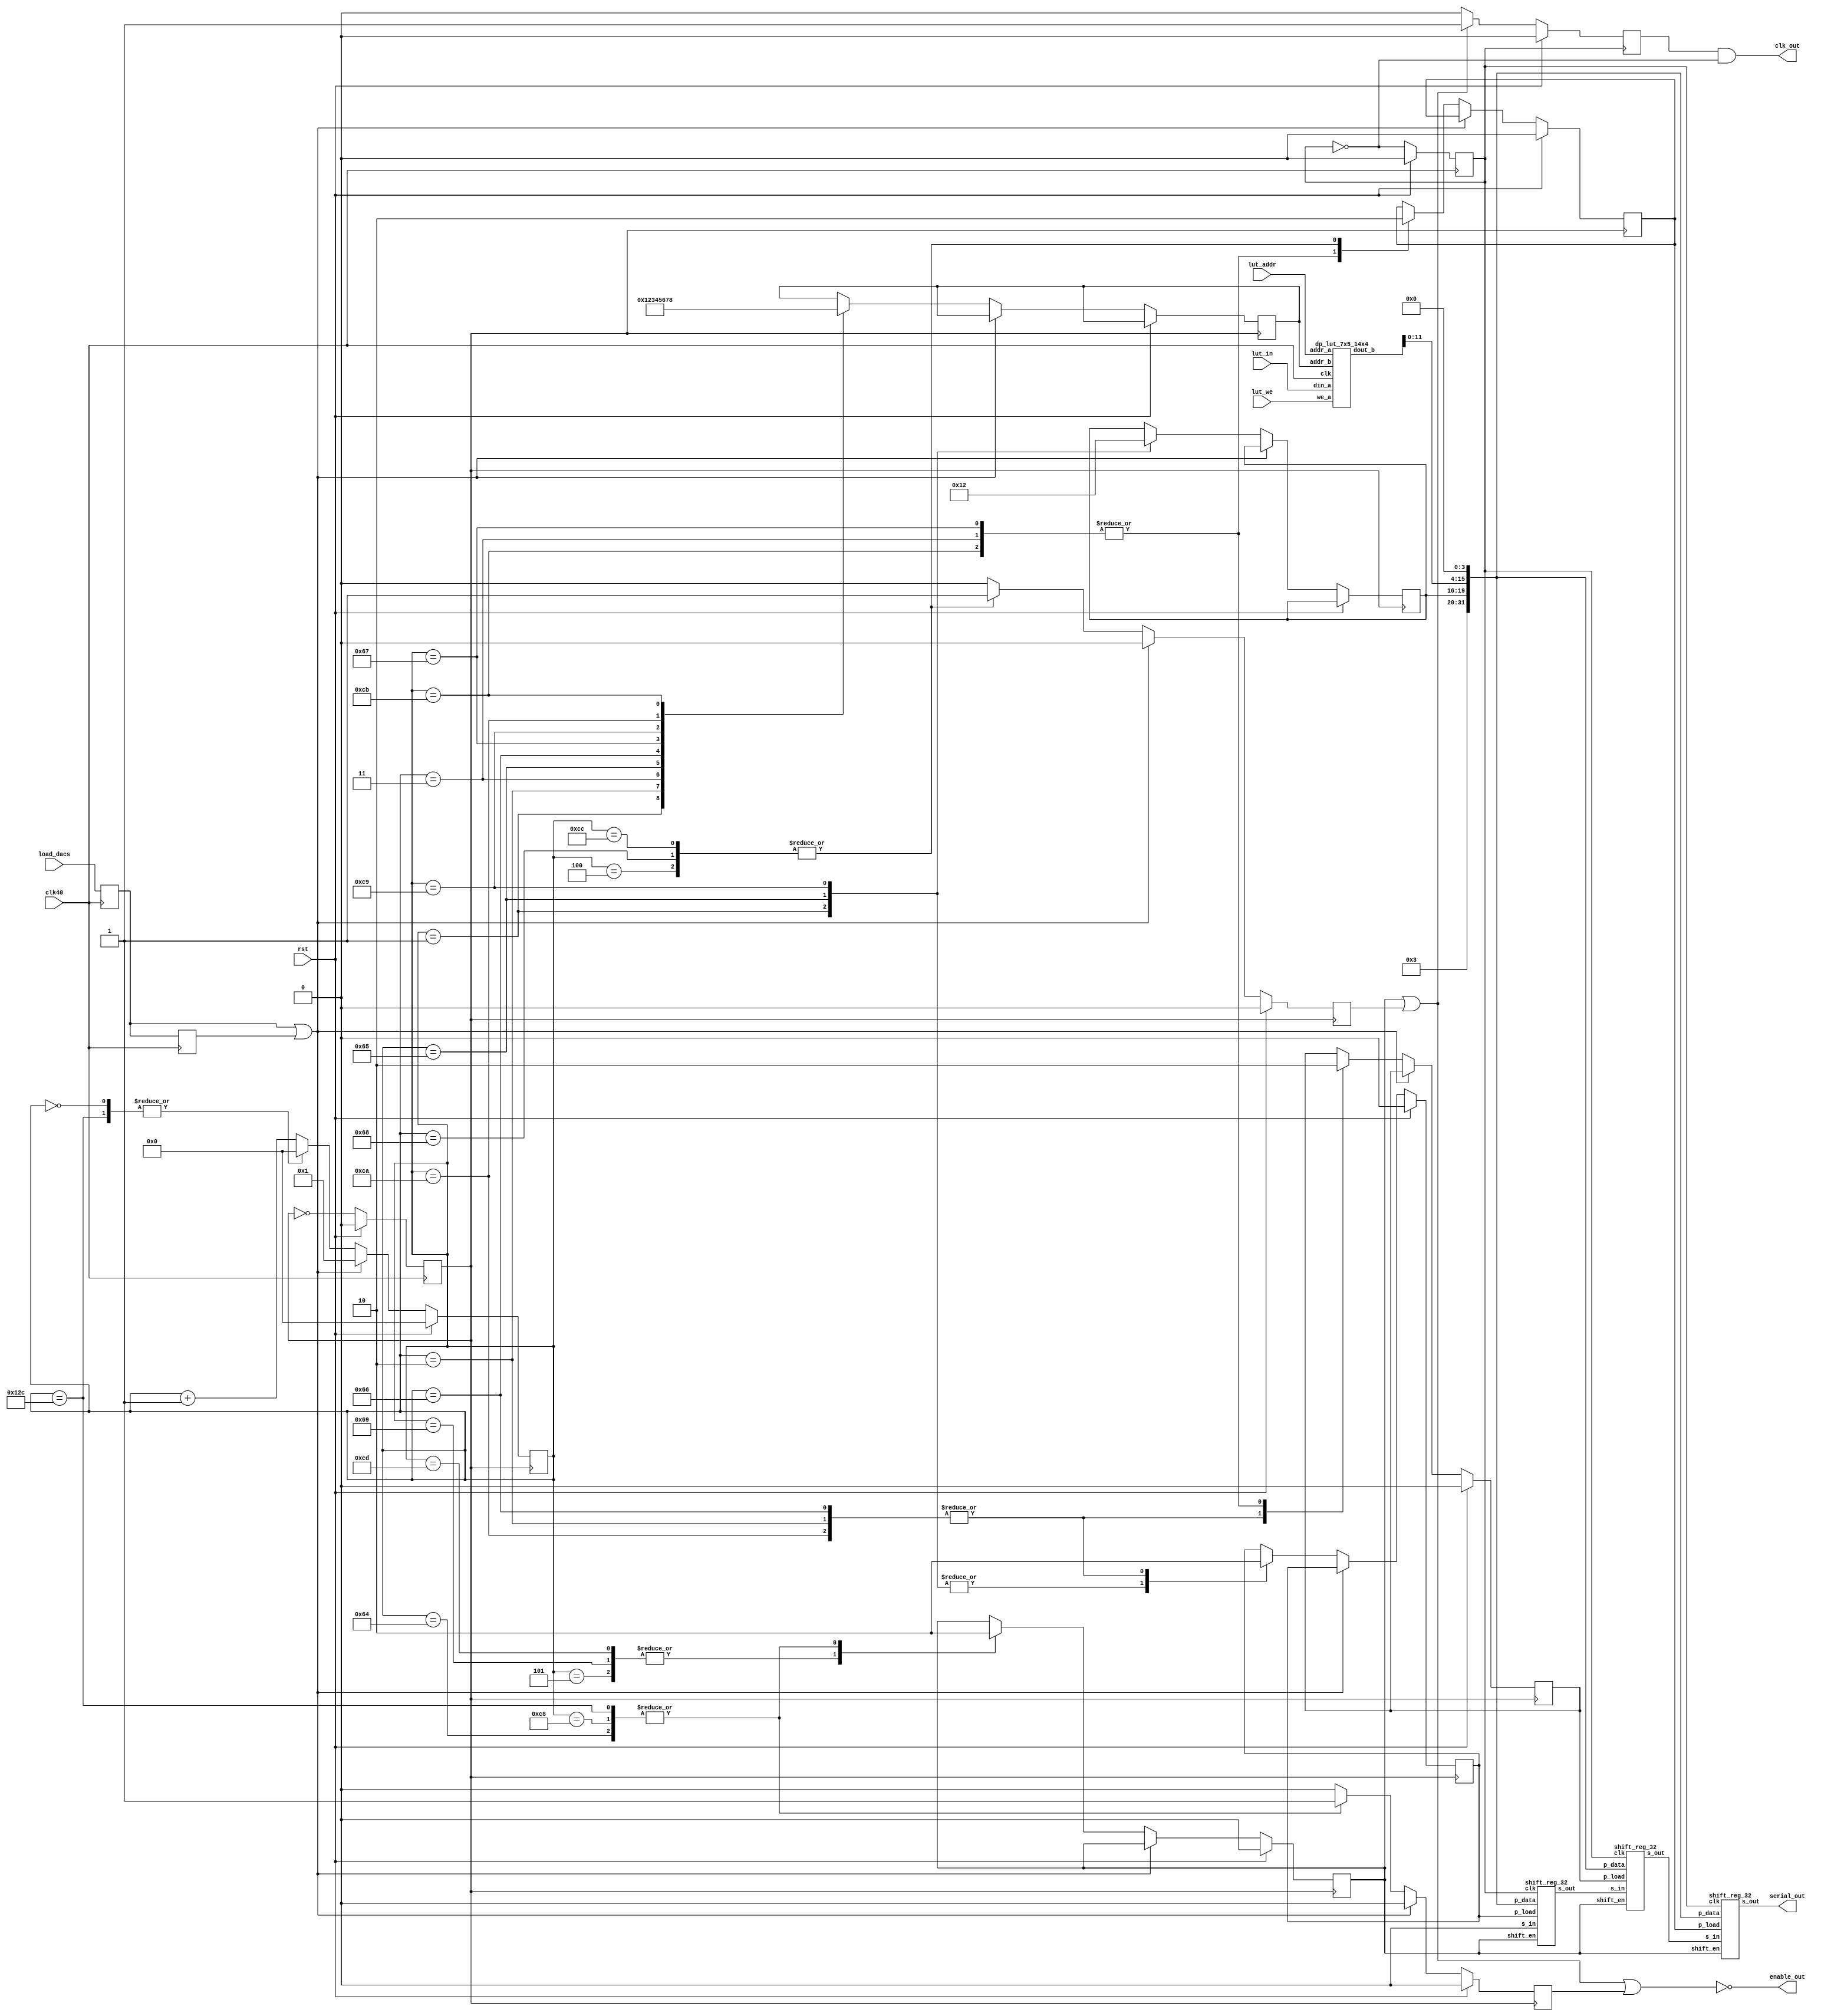
`timescale 1ns / 1ps


///////////////// ** trim_dac_ctrl ** ////////////////////////////////////////
//
// Logic to control the LTC2624-1 trim DACs
//
// The 9 12-bit DAC outputs are stored in a LUT.  Note the LUT is nominally 16 lots of
// 14-bit values: ignore the higher addresses and the MS 2 bits of each entry
//
// The LUT is loaded via the uart_decoder in the same way as the FB gain luts
//
// The FONT 5 board has 3 trim DAC chips each with 4 DACs (A,B,C,D) each.
// The chips are in series, and are loaded by transmitting serial data.
// DAC A is loaded on all chips first, then DAC B, then DAC C.  D is unused
//
// Chip 1 is connected to channels 1-3, 2 to 4-5 and 3 to 7-9
//
// When the ld_dacs strobe goes high synchronous to clk (40MHz), 3x 32-bit shift regs
// are loaded with the following pattern:
//
//		X X C A D D D X				[Each character is 4-bits]
//
// Where:	X = Don't care (4'b0000)
//				C = Command (always 4'b0011, which writes to and updates specified DAC)
//				A = Currenct DAC addr (A = 0000, B = 0001, C = 0010, D = 0011)
//				D = 12 data bits from LUT
//
// The shift regs are in series and the three bit patterns are transmitted to the DAC
// chain.  Once all three DAC A's have been updated, then the shift regs are reloaded
// and all DAC B's are updated, then all DAC C's

module trim_dac_ctrl (
	input clk40,
	input rst,
	input [6:0] lut_in,
	input [4:0] lut_addr,
	input lut_we,
	input load_dacs,
	output serial_out,
	output clk_out,
	output enable_out
);

/*input			clk40;
input 		rst;
input [6:0] lut_in;
input [4:0] lut_addr;
input 		lut_we;
input 		load_dacs;
output 		serial_out;
output 		clk_out;
output	enable_out;
*/
// Instantiate LUT
wire [13:0] lut_out;
reg  [3:0]	lut_out_addr;
dp_lut_7x5_14x4 trim_lut (
	.clk(clk40),
	.din_a(lut_in),
	.we_a(lut_we),
	.addr_a(lut_addr),
	.dout_b(lut_out),
	.addr_b(lut_out_addr)
);

reg clk20A, clk20B;

// Instantiate the 3 shift registers
reg  [3:0]	dac_addr;
reg			shift_en;
reg 			shreg1_ld_en, shreg2_ld_en, shreg3_ld_en;
wire [31:0] shreg_pin;
wire 			shreg1_out, shreg2_out;
shift_reg_32 shreg1(
	.clk(clk20A), 
	.p_load(shreg1_ld_en),  
	.p_data(shreg_pin), 
	.s_in(1'b0),
	.s_out(shreg1_out),
	.shift_en(shift_en)
);
shift_reg_32 shreg2(
	.clk(clk20A), 
	.p_load(shreg2_ld_en),  
	.p_data(shreg_pin), 
	.s_in(shreg1_out),
	.s_out(shreg2_out),
	.shift_en(shift_en)
);
shift_reg_32 shreg3(
	.clk(clk20A), 
	.p_load(shreg3_ld_en),  
	.p_data(shreg_pin), 
	.s_in(shreg2_out),
	.s_out(serial_out),
	.shift_en(shift_en)
);

// Form shift reg parallel input
assign shreg_pin = {8'b0, 4'b0011, dac_addr, lut_out[11:0], 4'b0};

// Assign DAC chip clock.  180 deg. phase shift so rising edge is in the middle
// of serial out data bits.  Only output when DAC chips enabled
reg clk_mask;
assign clk_out = (clk_mask & ~clk20A);

// The DAC chip enable is active low.  Require it to stay active one cycle longer
// than the shift enable, and also activate one earlier, so use extra cycle regs
reg early_cycle, late_cycle;
assign enable_out = ~(shift_en | early_cycle | late_cycle);

//Divide te 40MHz and generate two clocks in quadrature
//One phase A clock shregs and, inverted, clocks DAC chips
//Other phase generates enables to avoid edge transitions
always @(posedge clk40) begin
	if (rst) begin
		clk20A <= 0;
	end else begin
		clk20A <= ~clk20A;
	end
end
always @(negedge clk40) begin
	if (rst) begin
		clk20B <= 0;
	end else begin
		clk20B <= ~clk20B;
	end
end

// Create mask to stop DAC chip clock
always @(posedge clk20A) begin
	if (rst) begin
		clk_mask <= 0;
	end else begin
		if (shift_en | early_cycle) begin
			clk_mask <= 1;
		end else begin
			clk_mask <= 0;
		end
	end
end
		
// Extend synchronous trigger in order to ensure the divided clock spots it
reg trig_a, trig_b;
wire long_trig;
always @(posedge clk40) begin
	trig_a <= load_dacs;
	trig_b <= trig_a;
end
assign long_trig = trig_a | trig_b;

// Wait for load_dacs synchronous trigger, then begin to step through a state machine
// The machine first loads the 3 shregs with DAC A values for each chip, i.e channels
// 1, 4 & 7
reg [8:0] state_count;
always @(negedge clk20B) begin
	if (rst) begin
		shift_en 	 <= 0;
		state_count  <= 0;
		shreg1_ld_en <= 0;
		shreg2_ld_en <= 0;
		shreg3_ld_en <= 0;
		early_cycle  <= 0;
		late_cycle   <= 0;
	end else begin
		early_cycle <= 0;
		late_cycle  <= 0;
		if (long_trig) begin
			//Start state machine
			state_count <= 9'd1;
		end else begin
			state_count <= state_count + 1;
			case (state_count)
				9'd0: state_count <= 0;
				9'd1: begin
					//Specify address of dac A for all chips
					dac_addr <= 4'b0000;
					//Load shreg1 with ch7 dac code
					lut_out_addr <= 4'd0;
					shreg1_ld_en <= 1;
				end
				9'd2: begin
					//Load shreg2 with ch4 dac code
					shreg1_ld_en <= 0;
					lut_out_addr <= 4'd1;
					shreg2_ld_en <= 1;
				end
				9'd3: begin
					//Load shreg3 with ch1 dac code
					shreg2_ld_en <= 0;
					lut_out_addr <= 4'd2;
					shreg3_ld_en <= 1;
				end
				9'd4: begin
					//shregs loaded
					shreg3_ld_en <= 0;
					//Begin enabling DAC chips
					early_cycle <= 1;
				end
				9'd5: begin
					//Enable shift register data to be shifted out onto DAC chips
					shift_en <= 1;
				end
				9'd100: begin
					//All data shifted out of shregs onto DAC chips
					shift_en <= 0;	 // [updates dacs]
					late_cycle <= 1;
				end
				9'd101: begin
					//Specify address of dac B for all chips
					dac_addr <= 4'b0001;
					//Load shreg1 with ch8 dac code
					lut_out_addr <= 4'd3;
					shreg1_ld_en <= 1;
				end
				9'd102: begin
					//Load shreg2 with ch5 dac code
					shreg1_ld_en <= 0;
					lut_out_addr <= 4'd4;
					shreg2_ld_en <= 1;
				end
				9'd103: begin
					//Load shreg3 with ch2 dac code
					shreg2_ld_en <= 0;
					lut_out_addr <= 4'd5;
					shreg3_ld_en <= 1;
				end
				9'd104: begin
					//shregs loaded
					shreg3_ld_en <= 0;
					//Begin enabling DAC chips
					early_cycle <= 1;
				end
				9'd105: begin
					//Enable shift register data to be shifted out onto DAC chips
					shift_en <= 1;
				end
				9'd200: begin
					//All data shifted out of shregs onto DAC chips
					shift_en <= 0;	 // [updates dacs]
					late_cycle <= 1;
				end
				9'd201: begin
					//Specify address of dac C for all chips
					dac_addr <= 4'b0010;
					//Load shreg1 with ch9 dac code
					lut_out_addr <= 4'd6;
					shreg1_ld_en <= 1;
				end
				9'd202: begin
					//Load shreg2 with ch6 dac code
					shreg1_ld_en <= 0;
					lut_out_addr <= 4'd7;
					shreg2_ld_en <= 1;
				end
				9'd203: begin
					//Load shreg3 with ch3 dac code
					shreg2_ld_en <= 0;
					lut_out_addr <= 4'd8;
					shreg3_ld_en <= 1;
				end
				9'd204: begin
					//shregs loaded
					shreg3_ld_en <= 0;
					//Begin enabling DAC chips
					early_cycle <= 1;
				end
				9'd205: begin
					//Enable shift register data to be shifted out onto DAC chips
					shift_en <= 1;
				end
				9'd300: begin
					//All data shifted out of shregs onto DAC chips
					shift_en <= 0;	 // [updates dacs]
					late_cycle <= 1;
					state_count <= 0;
				end
			endcase
		end
	end
end

endmodule



///////////////// ** dp_lut_7x5_14x4 ** ////////////////////////////////////////
//
// Simple dual port LUT.  Takes 32 7-bit values input and outputs 16 14-bit values
// Port A takes in 7-bit values addr 0-31
// Port B outputs 14-bit values, for example B(0) = {A(1), A(0)}

module dp_lut_7x5_14x4 (
	clk,
	din_a,
	we_a,
	addr_a,
	dout_b,
	addr_b
);

input 		  clk;
input 		  we_a;
input  [4:0]  addr_a;
input  [6:0]  din_a;
input  [3:0]  addr_b;
output [13:0] dout_b;

reg [6:0] lut [0:31];

//Write routine
always @(posedge clk) begin
	if (we_a) begin
		lut[addr_a] <= din_a;
	end
end

//Output
assign dout_b = {lut[2*addr_b + 1], lut[2*addr_b]};

endmodule


///////////////// ** shift_reg_32 ** //////////////////////////////////////////
//
// 32 bit parallel-loadable shift register
//

module shift_reg_32 (
	clk, 
	p_load,  
	p_data, 
	s_in,
	s_out,
	shift_en
);
	
input  		 clk;
input			 s_in;
input			 p_load;
input [31:0] p_data;
input			 shift_en;
output 		 s_out;

reg   [31:0] shreg;

always @(posedge clk) begin
	if (p_load) begin
		shreg = p_data;
	end else begin
		if (shift_en) begin
			shreg = {shreg[30:0], s_in};
		end
	end
end
	
assign s_out  = shreg[31];

endmodule